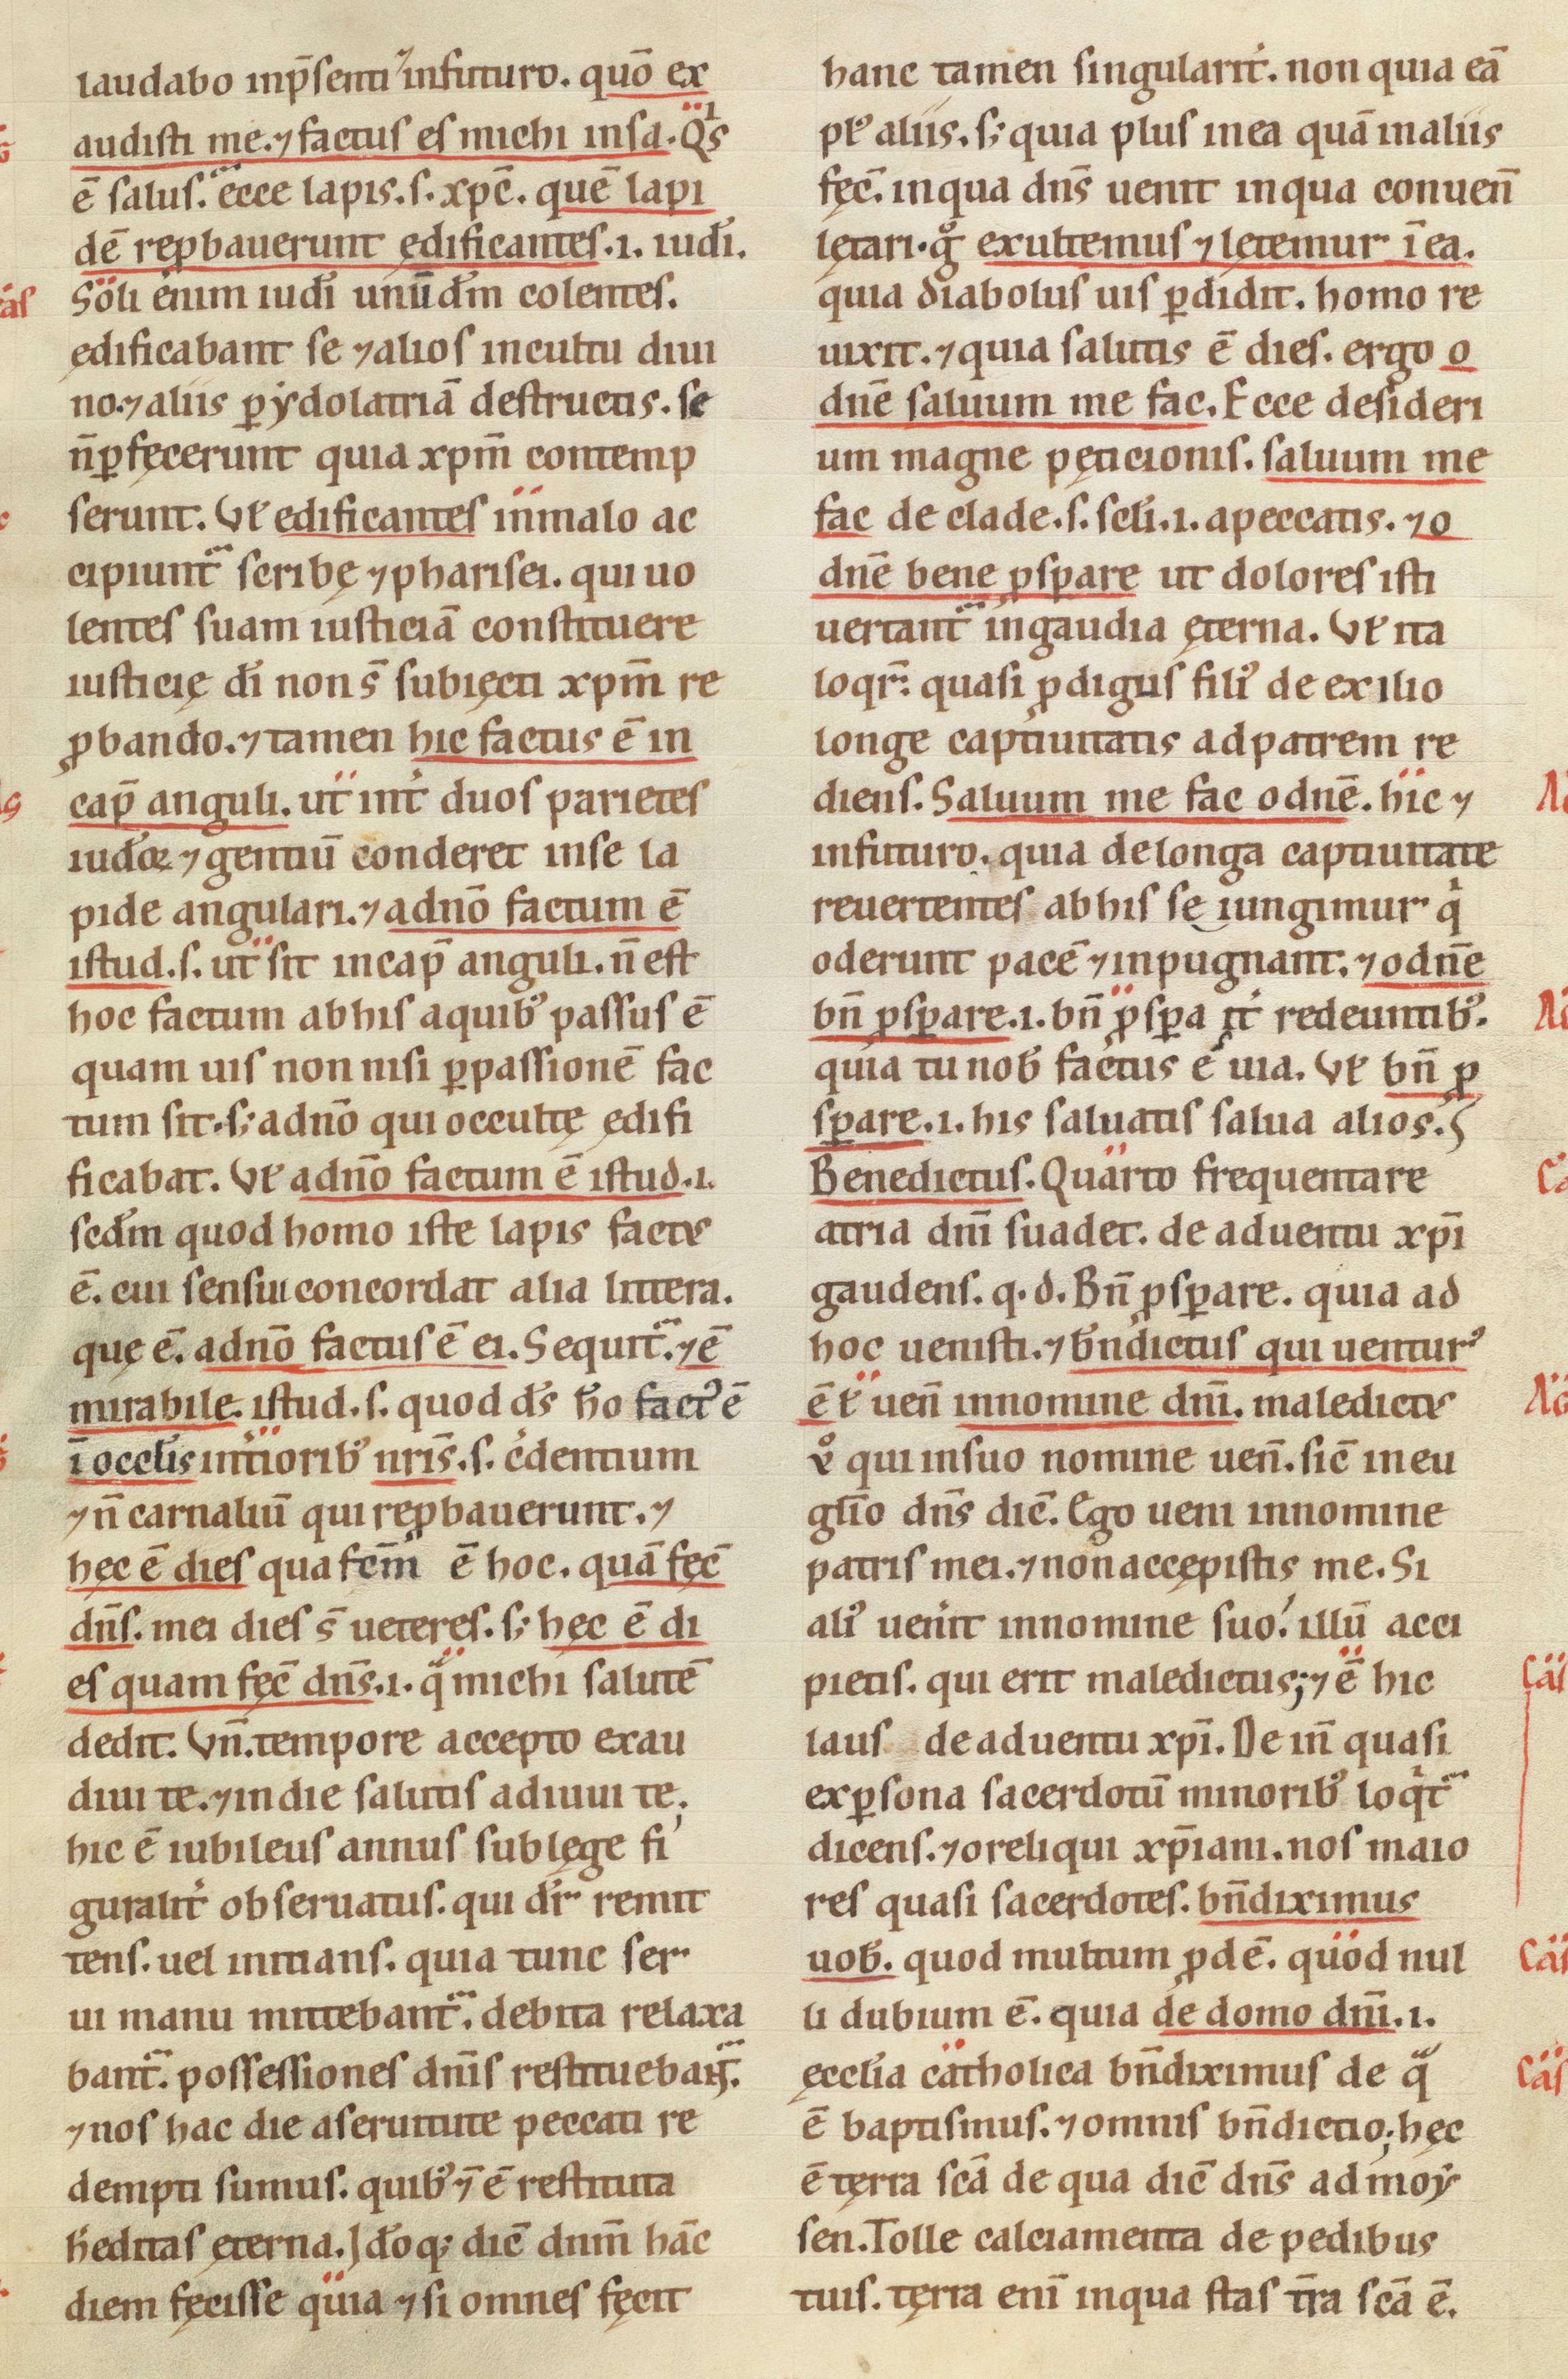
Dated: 1100–1199